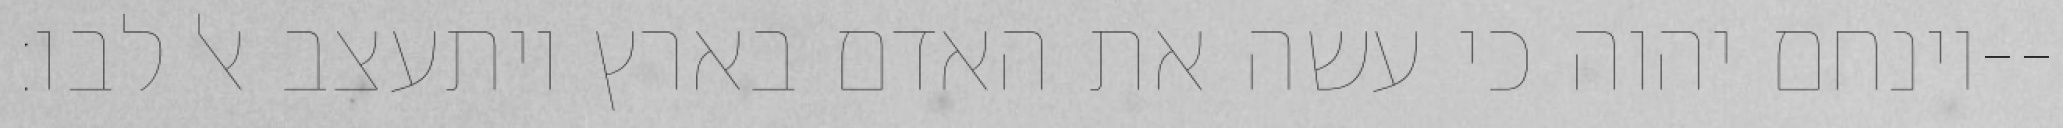
וינחם יהוה כי עשה את האדם בארץ ויתעצב אל לבו׃--